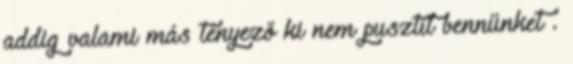
addig valami más tényező ki nem pusztít bennünket .